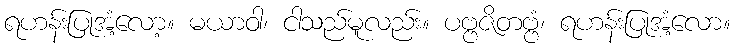
ရဟန်းပြုအံ့လော့။ မယာဝါ၊ ငါသည်မူလည်း။ ပဗ္ဗဇိတဗ္ဗံ၊ ရဟန်းပြုအံ့လော။